Supplement to the account of plague administration in the Bombay Presidency from September 1896 till May 1897
Year: 1896
Disease focus: Plague
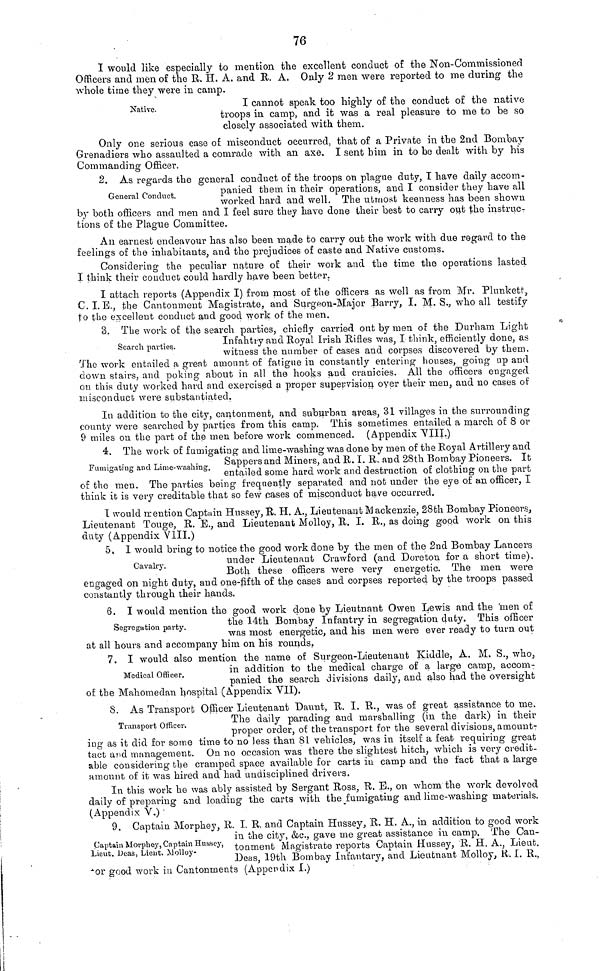
76
I would like especially to mention the excellent conduct of the Non-Commissioned
Officers and men of the R. H. A. and R. A. Only 2 men were reported to me during the
whole time they were in camp.
Native.
I cannot speak too highly of the conduct of the native
troops in camp, and it was a real pleasure to me to be so
closely associated with them.
Only one serious case of misconduct occurred, that of a Private in the 2nd Bombay
Grenadiers who assaulted a comrade with an axe, I sent him in to be dealt with by his
Commanding Officer.
2. As regards the general conduct of the troops on plague duty, I have daily accom-
panied them in their operations, and I consider they have all
General Conduct.
worked hard and well. The utmost keenness has been shown
by both officers and men and I feel sure they have done their best to carry out the instruc-
tions of the Plague Committee.
An earnest endeavour has also been made to carry out the work with due regard to the
feelings of the inhabitants, and the prejudices of caste and Native customs.
Considering the peculiar nature of their work and the time the operations lasted
I think their conduct could hardly have been better.
I attach reports (Appendix I) from most of the officers as well as from Mr. Plunkett,
C. I. E., the Cantonment Magistrate, and Surgeon-Major Barry, I. M. S., who all testify
to the excellent conduct and good work of the men.
3. The work of the search parties, chiefly carried out by men of the Durham Light
Search
parties.
Infahtry and Royal Irish Riñes was, I think, efficiently done, as
witness the number of cases and corpses discovered by them.
The work entailed a great amount of fatigue in constantly entering houses, going up and
down stairs, and poking about in all the hooks and cranicies. All the officers engaged
ou this duty worked hard and exercised a proper supervision over their men, and no cases of
misconduct were substantiated.
In addition to the city, cantonment, and suburban areas, 31 villages in the surrounding
county were searched by parties from this camp. This sometimes entailed a march of 8 or
9 miles on the part of the men before work commenced. (Appendix VIII.)
4. The work of fumigating and lime-washing was done by men of the Royal Artillery and
Sappers and Miners, and R. I. R. and 28th Bombay Pioneers. It
Fumigating and Lime-washing.
entailed some hard work and destruction of clothing on the part
of the men. The parties being frequently separated and not under the eye of an officer, I
think it is very creditable that so few pases of misconduct have occurred.
I would mention Captain Hussey, R. Η. Α., Lieutenant Mackenzie, 28th Bombay Pioneers,
Lieutenant Touge, R. E., and Lieutenant Molloy, R. I. R., as doing good work on this
duty (Appendix VIII.)
5. I would bring to notice the good work done by the men of the 2nd Bombay Lancers
Cavalry.
under Lieutenant Crawford (and Doreton for a short time).
Both these officers were very energetic. The men were
engaged on night duty, and one-fifth of the cases and corpses reported by the troops passed
constantly through their hands.
6. I would mention the good work clone by Lieutnant Owen Lewis and the men of
Segregation party. the 14th Bombay Infantry in segregation duty. This officer
was most energetic, and his men were ever ready to turn out
at all hours and accompany him on his rounds,
7. I would also mention the name of Surgeon-Lieutenant Kiddle, A. M. S., who,
in addition to the medical charge of a large camp, accom-
Medical Officer.
panied the search divisions daily, and also had the oversight
of the Mahomedan hospital (Appendix VII).
8. As Transport Officer Lieutenant Daunt, R. I. R., was of great assistance to me.
The daily parading and marshalling (in the dark) in their
Transport Officer.
proper order, of the transport for the several divisions, amount-
ing as it did for some time to no less than 81 vehicles, was in itself a feat requiring great
tact and management. On no occasion was there the slightest hitch, which is very credit-
able considering the cramped space available for carts in camp and the fact that a large
amount of it was hired and had undisciplined drivers.
In this work he was ably assisted by Sergant Ross, R. E., on whom the work devolved
daily of preparing and loading the carts with the fumigating and lime-washing materials.
(Appendix V.) ·
9. Captain Morphey, R. I. R. and Captain Hussey, R. Η. Α., in addition to good work
in the city, &c., gave me great assistance in camp. The Can-
Captain Morphey Captain Hussey, tonment Magistrate reports Captain Ηussey, R. H. A., Lieut.
Lieut. Deas, Lient. Molloy-
Deas, 19th Bombay Infantary, and Lieutnant Molloy, R. I. R.,
or good work in Cantonments (Appendix I.)